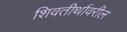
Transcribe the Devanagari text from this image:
शिवतीर्थावरील